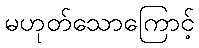
မဟုတ်သောကြောင့်